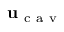
{ \bf { u } } _ { \mathrm { ~ c ~ a ~ v ~ } }